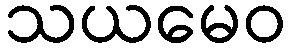
သယမေဝ